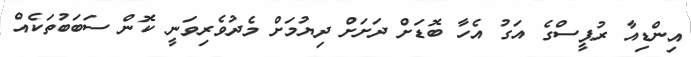
އިންޑިއާ ރުޕީސްގެ އަގު އެހާ ބޮޑަށް ދަށަށް ދިޔުމަށް މެދުވެރިވަނީ ކޮން ސަބަބުތަކެއް